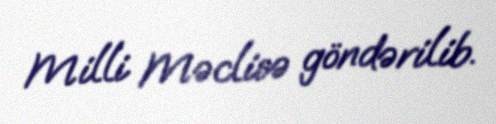
Milli Məclisə göndərilib.